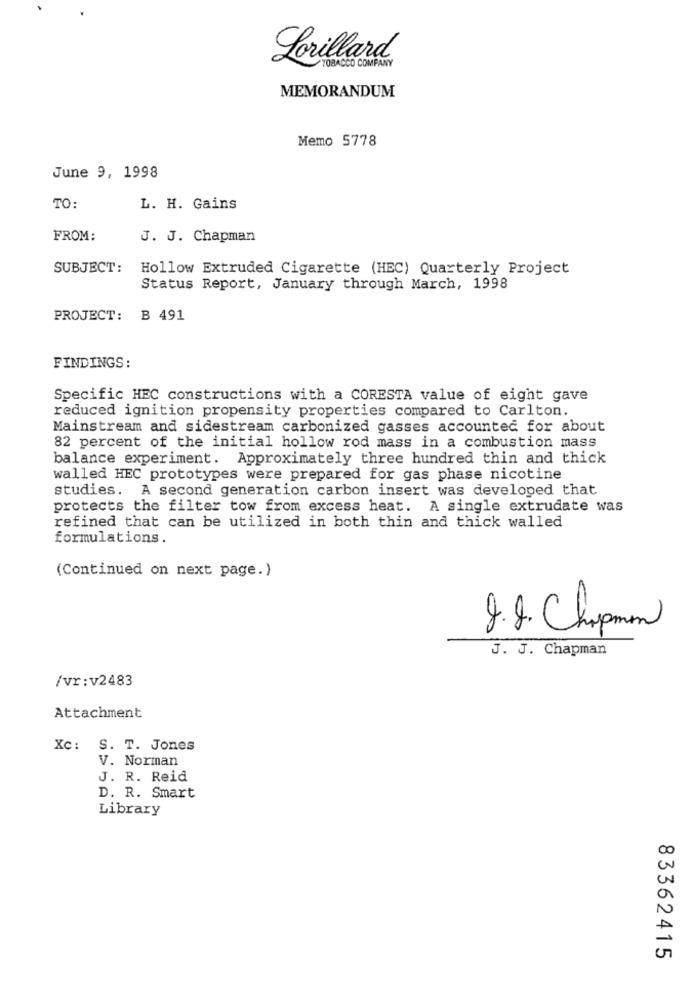
Lorillard
TOBACCO COMPANY
MEMORANDUM
Memo 5778
June 9, 1998
TO:
L. H. Gains
FROM:
J. J. Chapman
SUBJECT:
Hollow Extruded Cigarette (HEC) Quarterly Project
Status Report, January through March, 1998
PROJECT: B 491
FINDINGS:
Specific HEC constructions with a CORESTA value of eight gave
reduced ignition propensity properties compared to Carlton.
Mainstream and sidestream carbonized gasses accounted for about
82 percent of the initial hollow rod mass in a combustion mass
balance experiment. Approximately three hundred thin and thick
walled HEC prototypes were prepared for gas phase nicotine
studies. A second generation carbon insert was developed that
protects the filter tow from excess heat. A single extrudate was
refined that can be utilized in both thin and thick walled
formulations.
(Continued on next page.)
8.8. Chapman
J. J. Chapman
/vr :v2483
Attachment
Xc: S. T. Jones
V. Norman
J. R. Reid
D. R. Smart
Library
83362415